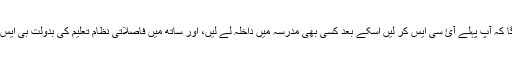
میں آپ کو یہ مشورہ دوں گا کہ آپ پہلے آئ سی ایس کر لیں اسکے بعد کسی بھی مدرسہ میں داخلہ لے لیں، اور ساتھ میں فاصلاتی نظام تعلیم کی بدولت بی ایس سی ایس میں داخلہ لے لیں۔